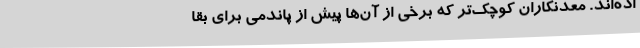
اده‌اند. معدنکاران کوچک‌تر که برخی از آن‌ها پیش از پاندمی برای بقا